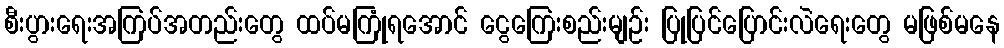
စီးပွားရေးအကြပ်အတည်းတွေ ထပ်မကြုံရအောင် ငွေကြေးစည်းမျဉ်း ပြုပြင်ပြောင်းလဲရေးတွေ မဖြစ်မနေ